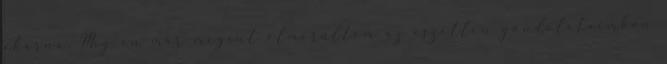
akarna. Míg én már megint elmerültem az eszetlen gondolataimban